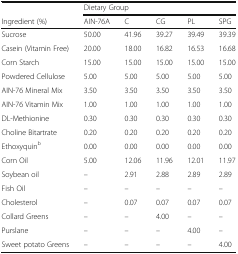
|  | <COLSPAN=5> Dietary Group |
 | Ingredient (%) | AIN-76A | C | CG | PL | SPG |
 | --- | --- | --- | --- | --- | --- |
 | Sucrose | 50.00 | 41.96 | 39.27 | 39.49 | 39.39 |
 | Casein (Vitamin Free) | 20.00 | 18.00 | 16.82 | 16.53 | 16.68 |
 | Corn Starch | 15.00 | 15.00 | 15.00 | 15.00 | 15.00 |
 | Powdered Cellulose | 5.00 | 5.00 | 5.00 | 5.00 | 5.00 |
 | AIN-76 Mineral Mix | 3.50 | 3.50 | 3.50 | 3.50 | 3.50 |
 | AIN-76 Vitamin Mix | 1.00 | 1.00 | 1.00 | 1.00 | 1.00 |
 | DL-Methionine | 0.30 | 0.30 | 0.30 | 0.30 | 0.30 |
 | Choline Bitartrate | 0.20 | 0.20 | 0.20 | 0.20 | 0.20 |
 | Ethoxyquinb | 0.00 | 0.00 | 0.00 | 0.00 | 0.00 |
 | Corn Oil | 5.00 | 12.06 | 11.96 | 12.01 | 11.97 |
 | Soybean oil | – | 2.91 | 2.88 | 2.89 | 2.89 |
 | Fish Oil | – | – | – | – | – |
 | Cholesterol | – | 0.07 | 0.07 | 0.07 | 0.07 |
 | Collard Greens | – | – | 4.00 | – | – |
 | Purslane | – | – | – | 4.00 | – |
 | Sweet potato Greens | – | – | – | – | 4.00 |